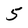
Character: 5